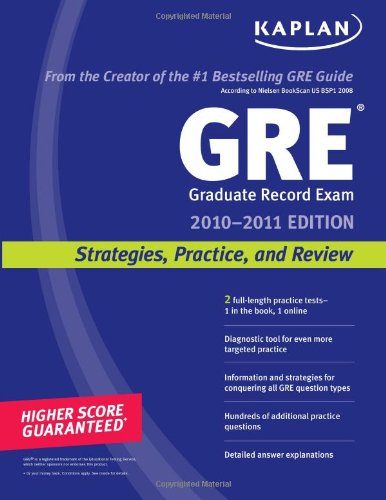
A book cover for Kaplan GRE Exam 2010: Strategies, Practice, and Review; Kaplan; Test Preparation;